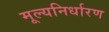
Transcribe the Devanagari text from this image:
मूल्यनिर्धारण